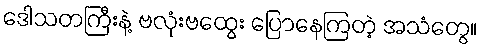
ဒေါသတကြီးနဲ့ ဗလုံးဗထွေး ပြောနေကြတဲ့ အသံတွေ။